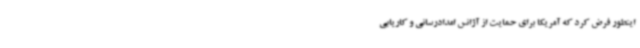
اینطور فرض کرد که آمریکا برای حمایت از آژانس امدادرسانی و کاریابی